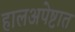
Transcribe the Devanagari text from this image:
हालअपेष्टात